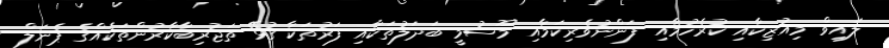
ލައިވް މިއުޒިކާއި ކުރެހުމާއި ފަންނުވެރިކަމާއި މޫސުމީ ބަދަލުތަކާއި ފަރުތަކާ ގުޅޭ ތަޖުރިބާކާރުންތަކެއްގެ ޕެނަލް